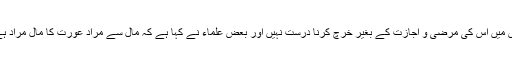
اس میں اس کی مرضی و اجازت کے بغیر خرچ کرنا درست نہیں اور بعض علماء نے کہا ہے کہ مال سے مراد عورت کا مال مراد ہے۔